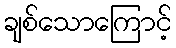
ချစ်သောကြောင့်